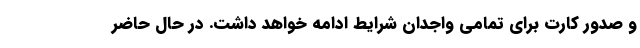
و صدور کارت برای تمامی واجدان شرایط ادامه خواهد داشت. در حال حاضر